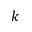
k